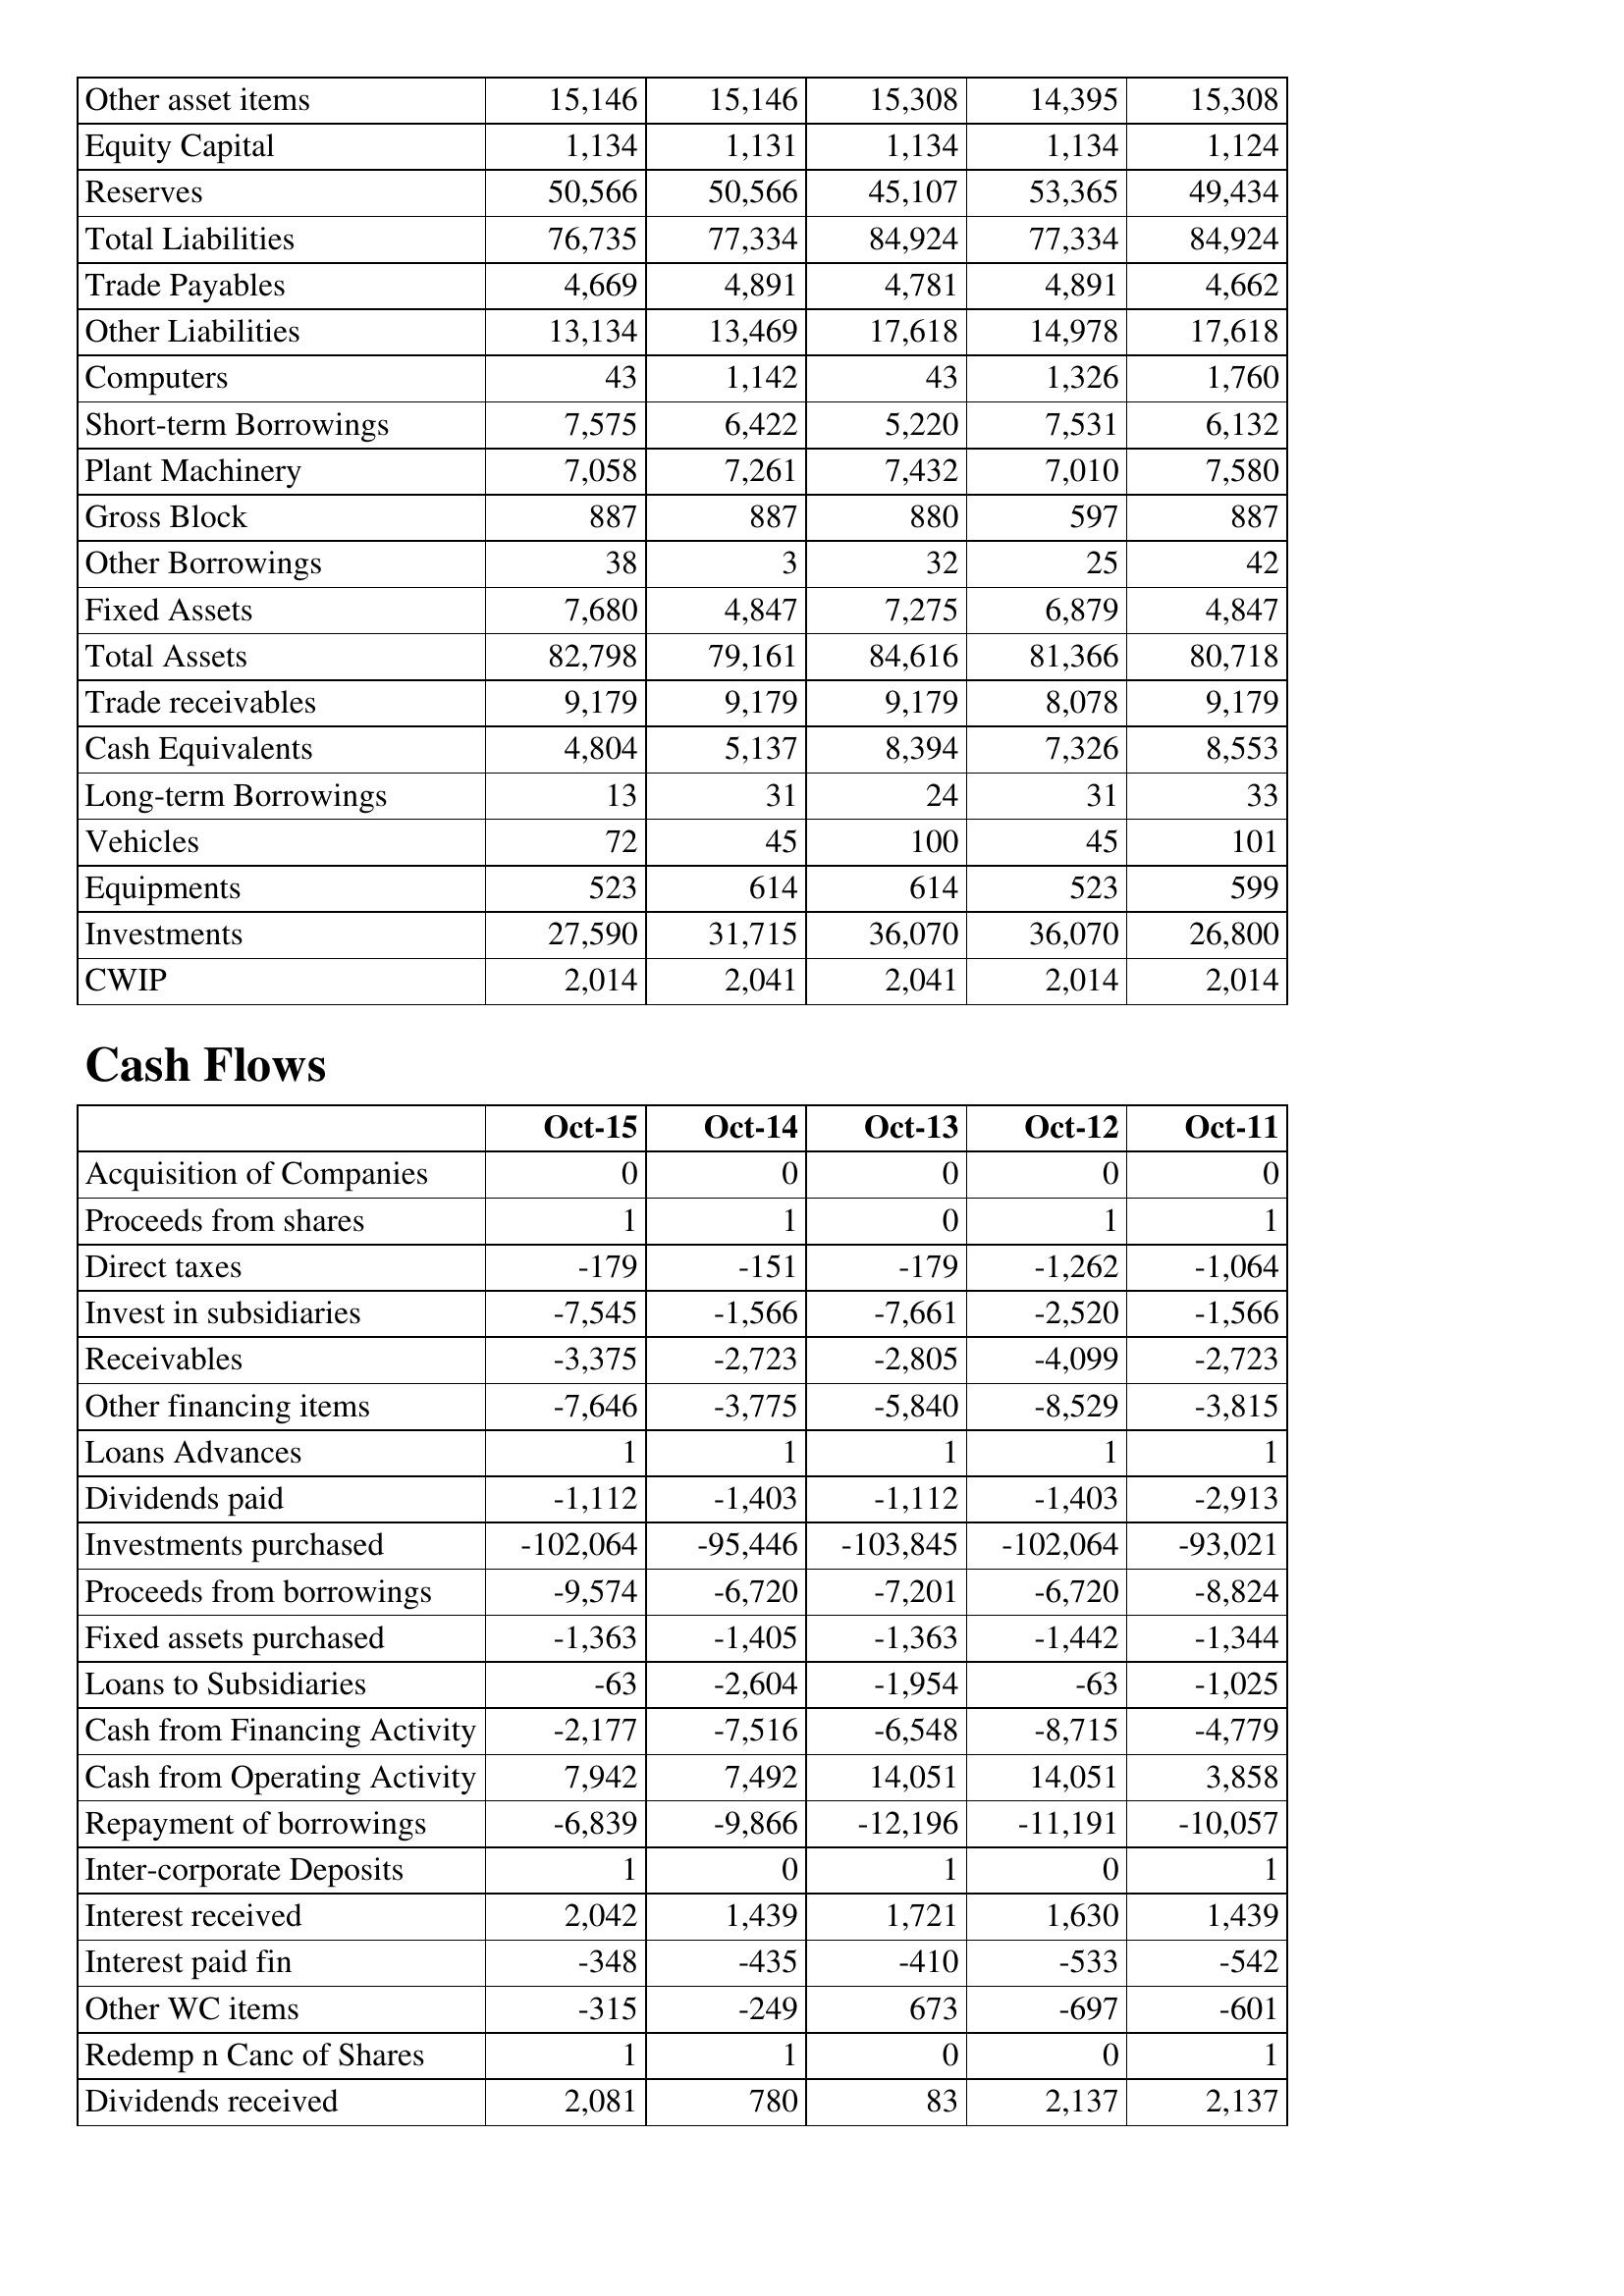
Oct-15: Balance Sheet: Other asset items: 15,146
Equity Capital: 1,134
Reserves: 50,566
Total Liabilities: 76,735
Trade Payables: 4,669
Other Liabilities: 13,134
Computers: 43
Short-term Borrowings: 7,575
Plant Machinery: 7,058
Gross Block: 887
Other Borrowings: 38
Fixed Assets: 7,680
Total Assets: 82,798
Trade receivables: 9,179
Cash Equivalents: 4,804
Long-term Borrowings: 13
Vehicles: 72
Equipments: 523
Investments: 27,590
CWIP: 2,014
Cash Flows: Acquisition of Companies: 0
Proceeds from shares: 1
Direct taxes: -179
Invest in subsidiaries: -7,545
Receivables: -3,375
Other financing items: -7,646
Loans Advances: 1
Dividends paid: -1,112
Investments purchased: -102,064
Proceeds from borrowings: -9,574
Fixed assets purchased: -1,363
Loans to Subsidiaries: -63
Cash from Financing Activity: -2,177
Cash from Operating Activity: 7,942
Repayment of borrowings: -6,839
Inter-corporate Deposits: 1
Interest received: 2,042
Interest paid fin: -348
Other WC items: -315
Redemp n Canc of Shares: 1
Dividends received: 2,081
Oct-14: Balance Sheet: Other asset items: 15,146
Equity Capital: 1,131
Reserves: 50,566
Total Liabilities: 77,334
Trade Payables: 4,891
Other Liabilities: 13,469
Computers: 1,142
Short-term Borrowings: 6,422
Plant Machinery: 7,261
Gross Block: 887
Other Borrowings: 3
Fixed Assets: 4,847
Total Assets: 79,161
Trade receivables: 9,179
Cash Equivalents: 5,137
Long-term Borrowings: 31
Vehicles: 45
Equipments: 614
Investments: 31,715
CWIP: 2,041
Cash Flows: Acquisition of Companies: 0
Proceeds from shares: 1
Direct taxes: -151
Invest in subsidiaries: -1,566
Receivables: -2,723
Other financing items: -3,775
Loans Advances: 1
Dividends paid: -1,403
Investments purchased: -95,446
Proceeds from borrowings: -6,720
Fixed assets purchased: -1,405
Loans to Subsidiaries: -2,604
Cash from Financing Activity: -7,516
Cash from Operating Activity: 7,492
Repayment of borrowings: -9,866
Inter-corporate Deposits: 0
Interest received: 1,439
Interest paid fin: -435
Other WC items: -249
Redemp n Canc of Shares: 1
Dividends received: 780
Oct-13: Balance Sheet: Other asset items: 15,308
Equity Capital: 1,134
Reserves: 45,107
Total Liabilities: 84,924
Trade Payables: 4,781
Other Liabilities: 17,618
Computers: 43
Short-term Borrowings: 5,220
Plant Machinery: 7,432
Gross Block: 880
Other Borrowings: 32
Fixed Assets: 7,275
Total Assets: 84,616
Trade receivables: 9,179
Cash Equivalents: 8,394
Long-term Borrowings: 24
Vehicles: 100
Equipments: 614
Investments: 36,070
CWIP: 2,041
Cash Flows: Acquisition of Companies: 0
Proceeds from shares: 0
Direct taxes: -179
Invest in subsidiaries: -7,661
Receivables: -2,805
Other financing items: -5,840
Loans Advances: 1
Dividends paid: -1,112
Investments purchased: -103,845
Proceeds from borrowings: -7,201
Fixed assets purchased: -1,363
Loans to Subsidiaries: -1,954
Cash from Financing Activity: -6,548
Cash from Operating Activity: 14,051
Repayment of borrowings: -12,196
Inter-corporate Deposits: 1
Interest received: 1,721
Interest paid fin: -410
Other WC items: 673
Redemp n Canc of Shares: 0
Dividends received: 83
Oct-12: Balance Sheet: Other asset items: 14,395
Equity Capital: 1,134
Reserves: 53,365
Total Liabilities: 77,334
Trade Payables: 4,891
Other Liabilities: 14,978
Computers: 1,326
Short-term Borrowings: 7,531
Plant Machinery: 7,010
Gross Block: 597
Other Borrowings: 25
Fixed Assets: 6,879
Total Assets: 81,366
Trade receivables: 8,078
Cash Equivalents: 7,326
Long-term Borrowings: 31
Vehicles: 45
Equipments: 523
Investments: 36,070
CWIP: 2,014
Cash Flows: Acquisition of Companies: 0
Proceeds from shares: 1
Direct taxes: -1,262
Invest in subsidiaries: -2,520
Receivables: -4,099
Other financing items: -8,529
Loans Advances: 1
Dividends paid: -1,403
Investments purchased: -102,064
Proceeds from borrowings: -6,720
Fixed assets purchased: -1,442
Loans to Subsidiaries: -63
Cash from Financing Activity: -8,715
Cash from Operating Activity: 14,051
Repayment of borrowings: -11,191
Inter-corporate Deposits: 0
Interest received: 1,630
Interest paid fin: -533
Other WC items: -697
Redemp n Canc of Shares: 0
Dividends received: 2,137
Oct-11: Balance Sheet: Other asset items: 15,308
Equity Capital: 1,124
Reserves: 49,434
Total Liabilities: 84,924
Trade Payables: 4,662
Other Liabilities: 17,618
Computers: 1,760
Short-term Borrowings: 6,132
Plant Machinery: 7,580
Gross Block: 887
Other Borrowings: 42
Fixed Assets: 4,847
Total Assets: 80,718
Trade receivables: 9,179
Cash Equivalents: 8,553
Long-term Borrowings: 33
Vehicles: 101
Equipments: 599
Investments: 26,800
CWIP: 2,014
Cash Flows: Acquisition of Companies: 0
Proceeds from shares: 1
Direct taxes: -1,064
Invest in subsidiaries: -1,566
Receivables: -2,723
Other financing items: -3,815
Loans Advances: 1
Dividends paid: -2,913
Investments purchased: -93,021
Proceeds from borrowings: -8,824
Fixed assets purchased: -1,344
Loans to Subsidiaries: -1,025
Cash from Financing Activity: -4,779
Cash from Operating Activity: 3,858
Repayment of borrowings: -10,057
Inter-corporate Deposits: 1
Interest received: 1,439
Interest paid fin: -542
Other WC items: -601
Redemp n Canc of Shares: 1
Dividends received: 2,137